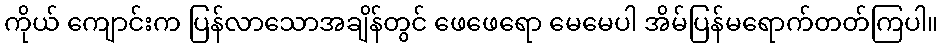
ကိုယ် ကျောင်းက ပြန်လာသောအချိန်တွင် ဖေဖေရော မေမေပါ အိမ်ပြန်မရောက်တတ်ကြပါ။